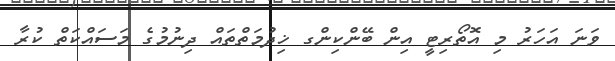
ވަނަ އަހަރު މި އޮތޯރިޓީ އިން ބޭންކިންގ ޚިދުމަތްތައް ދިނުމުގެ މަސައްކަތް ކުރާ